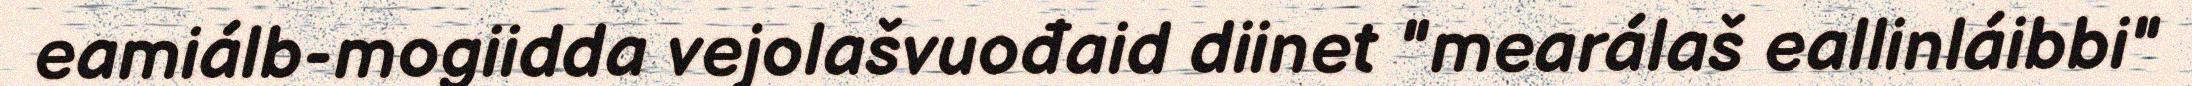
eamiálb-mogiidda vejolašvuođaid diinet "mearálaš eallinláibbi"